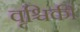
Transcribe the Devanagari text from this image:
वृश्चिकी